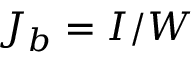
J _ { b } = I / W